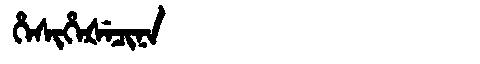
Manchu: ᡥᡝᠰᡳᡥᡝᡧᡝᠴᡳᠨᠠ
Romanization: HESIHEŠECINA